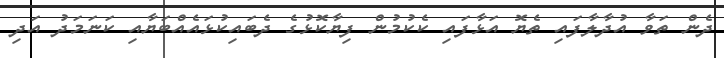
ދެން ތަވާ އުދާލާފައި ތެޔޮ އަޅާފައި ކެކުމުން ފިޔާކޮޅުގެ ދެބައިކުޅައެއްބަޔާއި ކަނަމަދު އަދި